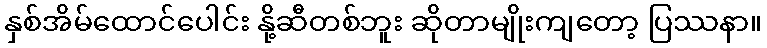
နှစ်အိမ်ထောင်ပေါင်း နို့ဆီတစ်ဘူး ဆိုတာမျိုးကျတော့ ပြဿနာ။